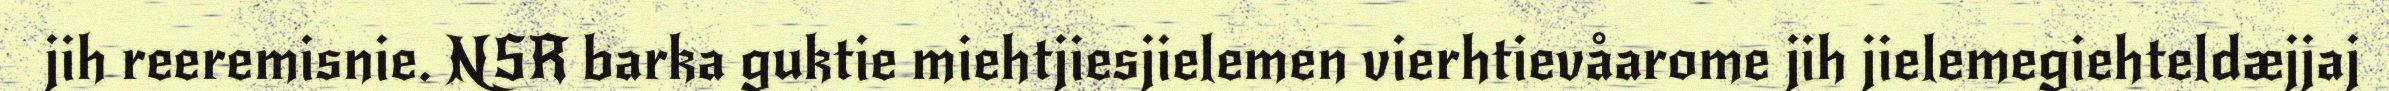
jih reeremisnie. NSR barka guktie miehtjiesjielemen vierhtievåarome jih jielemegiehteldæjjaj